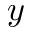
y